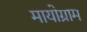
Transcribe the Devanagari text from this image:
मायोग्राम